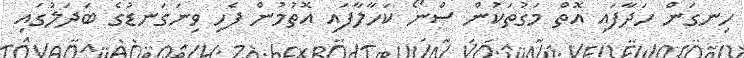
ހިނގަން ހަދާފައި އޮތް މަގުތަކުން ސްނޯ ކަހާލާފައި އޮތުމުން ފެހި ވިނަގަނޑުގެ ބަދަލުގައި